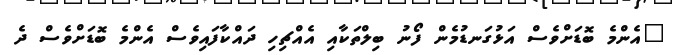
"އެންމެ ބޮޑަށްވެސް އަޅުގަނޑުމެން ފޯނު ބިލްތަކާއި އެއްޗިހި ދައްކާފައިވެސް އެންމެ ބޮޑަށްވެސް ދެ